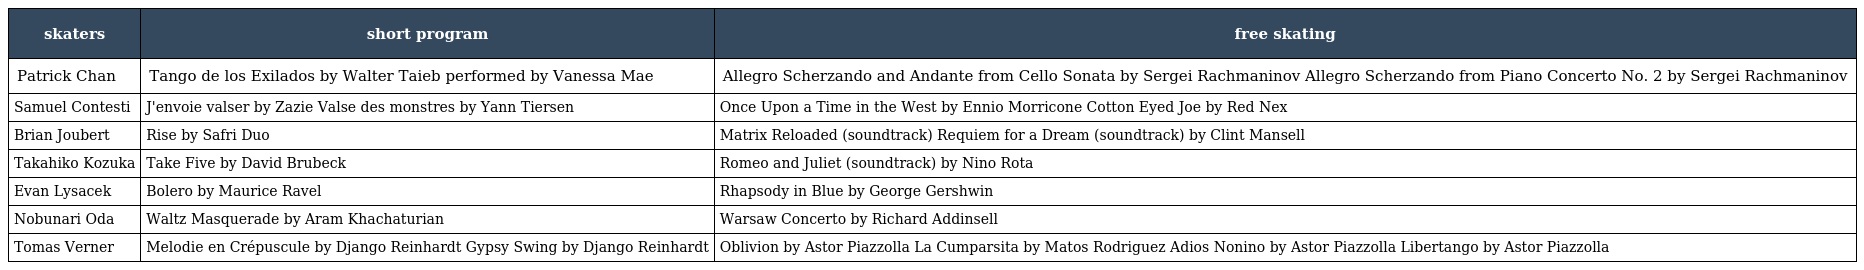
| skaters | short program | free skating |
 | --- | --- | --- |
 | Patrick Chan | Tango de los Exilados by Walter Taieb performed by Vanessa Mae | Allegro Scherzando and Andante from Cello Sonata by Sergei Rachmaninov Allegro Scherzando from Piano Concerto No. 2 by Sergei Rachmaninov |
 | Samuel Contesti | J'envoie valser by Zazie Valse des monstres by Yann Tiersen | Once Upon a Time in the West by Ennio Morricone Cotton Eyed Joe by Red Nex |
 | Brian Joubert | Rise by Safri Duo | Matrix Reloaded (soundtrack) Requiem for a Dream (soundtrack) by Clint Mansell |
 | Takahiko Kozuka | Take Five by David Brubeck | Romeo and Juliet (soundtrack) by Nino Rota |
 | Evan Lysacek | Bolero by Maurice Ravel | Rhapsody in Blue by George Gershwin |
 | Nobunari Oda | Waltz Masquerade by Aram Khachaturian | Warsaw Concerto by Richard Addinsell |
 | Tomas Verner | Melodie en Crépuscule by Django Reinhardt Gypsy Swing by Django Reinhardt | Oblivion by Astor Piazzolla La Cumparsita by Matos Rodriguez Adios Nonino by Astor Piazzolla Libertango by Astor Piazzolla |